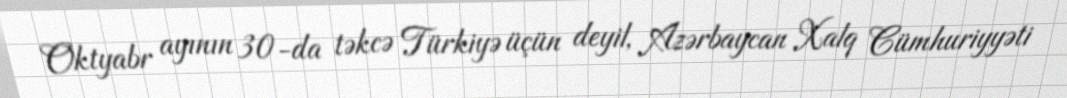
Oktyabr ayının 30-da təkcə Türkiyə üçün deyil, Azərbaycan Xalq Cümhuriyyəti